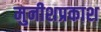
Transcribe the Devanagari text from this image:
मुनीशप्रकाश